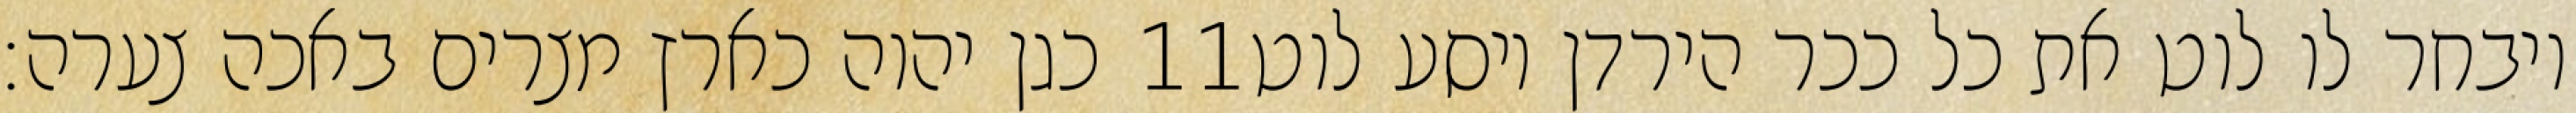
כגן יהוה כארץ מצרים באכה צערה׃ ‎11‏ ויבחר לו לוט את כל ככר הירדן ויסע לוט